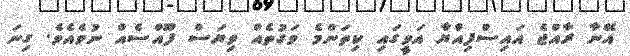
އޭނާ ރާއްޖެ އައިސްފިއްޔާ އަވީގައި ކިތަންމެ ވަގުތެއް ވިޔަސް ފޫއްސެއް ނުވެއެވެ. ގިނަ